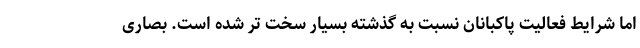
اما شرایط فعالیت پاکبانان نسبت به گذشته بسیار سخت تر شده است. بصاری